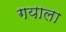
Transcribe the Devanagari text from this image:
गयाला